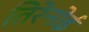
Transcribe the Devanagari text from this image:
तिरेनोई